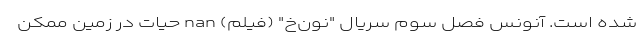
شده است. آنونس فصل سوم سریال "نون‌خ" (فیلم) nan حیات در زمین ممکن